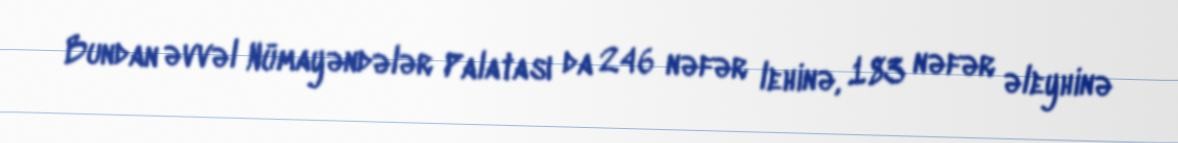
Bundan əvvəl Nümayəndələr Palatası da 246 nəfər lehinə, 183 nəfər əleyhinə